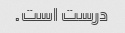
درست است.